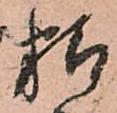
精